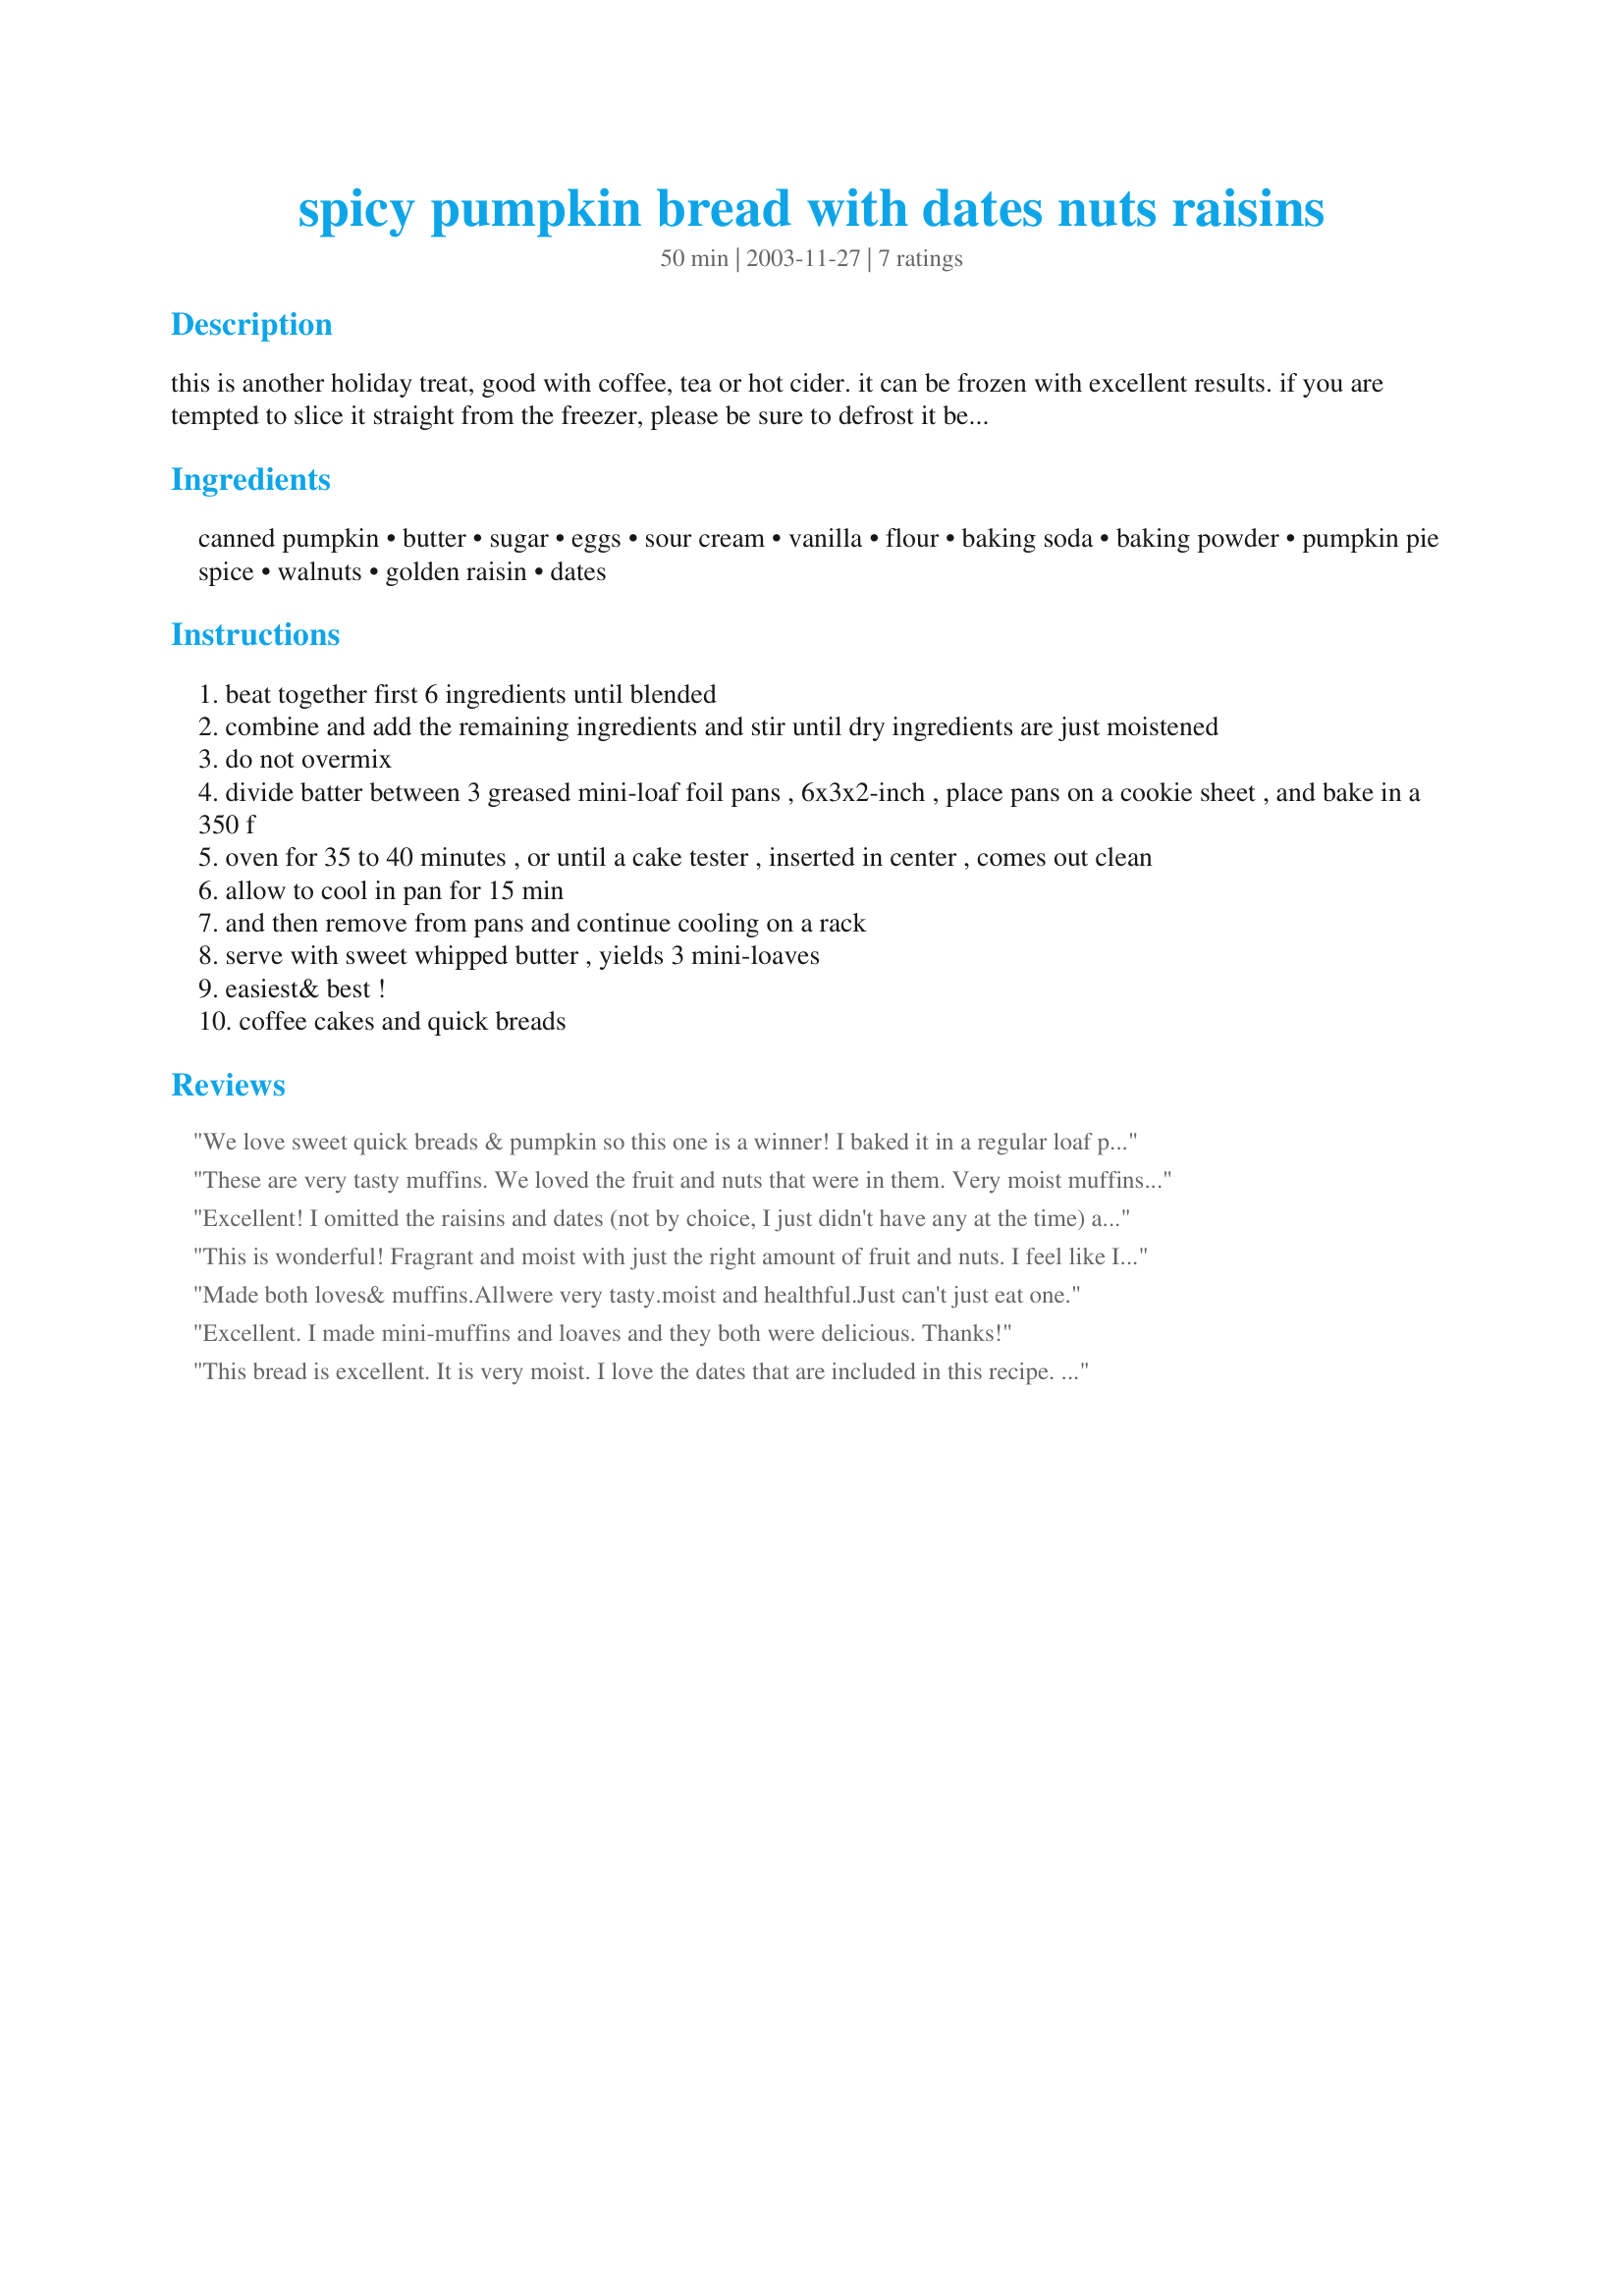
spicy pumpkin bread with dates nuts raisins
Preparation time: 50 minutes

this is another holiday treat, good with coffee, tea or hot cider. it can be frozen with excellent results. if you are tempted to slice it straight from the freezer, please be sure to defrost it before you eat it.

Ingredients:
canned pumpkin, butter, sugar, eggs, sour cream, vanilla, flour, baking soda, baking powder, pumpkin pie spice, walnuts, golden raisin, dates

Steps:
beat together first 6 ingredients until blended
combine and add the remaining ingredients and stir until dry ingredients are just moistened
do not overmix
divide batter between 3 greased mini-loaf foil pans , 6x3x2-inch , place pans on a cookie sheet , and bake in a 350 f
oven for 35 to 40 minutes , or until a cake tester , inserted in center , comes out clean
allow to cool in pan for 15 min
and then remove from pans and continue cooling on a rack
serve with sweet whipped butter , yields 3 mini-loaves
easiest& best !
coffee cakes and quick breads

Reviews:
We love sweet quick breads & pumpkin so this one is a winner! I baked it in a regular loaf pan and had to add about 15 minutes to the baking time. This was devoured by my family in less than 24 hours!
These are very tasty muffins. We loved the fruit and nuts that were in them. Very moist muffins. Thanks for posting this recipe.
Excellent! I omitted the raisins and dates (not by choice, I just didn't have any at the time) and it was the best pumpkin bread I have ever had! I can't wait to try it with the raisins and dates! Thank you so much for sharing, this one is a keeper for sure! I also frosted some of them with a cream cheese icing and brought them to my daughter's Halloween party, they disappeared within moments.
This is wonderful! Fragrant and moist with just the right amount of fruit and nuts. I feel like I struck it rich, because I chose this recipe to use up small amounts of pumpkin and dates I had in the kitchen. I cut the recipe to 2/3 and made one medium loaf. Thank you so much for the recipe, Olga. I'll be baking it again.
Made both loves& muffins.Allwere very tasty.moist and healthful.Just can't just eat one.
Excellent. I made mini-muffins and loaves and they both were delicious. Thanks!
This bread is excellent. It is very moist. I love the dates that are included in this recipe. I tripled the recipe and made 2 regular size loaves and 12 muffins. The first loaf was gone within an hour!
